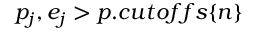
p _ { j } , e _ { j } > p . c u t o f f s \{ n \}